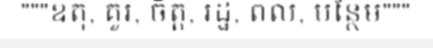
"""ឧតុ, គួរ, ចិត្ត, រដ្ឋ, ពល, បន្ថែម"""